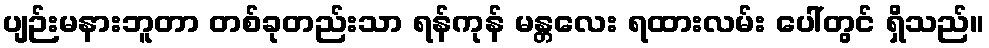
ပျဉ်းမနားဘူတာ တစ်ခုတည်းသာ ရန်ကုန် မန္တလေး ရထားလမ်း ပေါ်တွင် ရှိသည်။